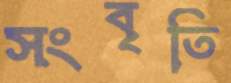
সংবৃতি